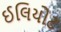
ઈલિયોટ